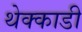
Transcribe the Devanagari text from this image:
थेक्काडी